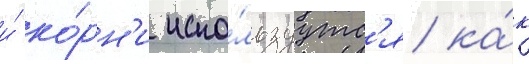
и́ ко́рн'и испо́льзуутс'я ка́к